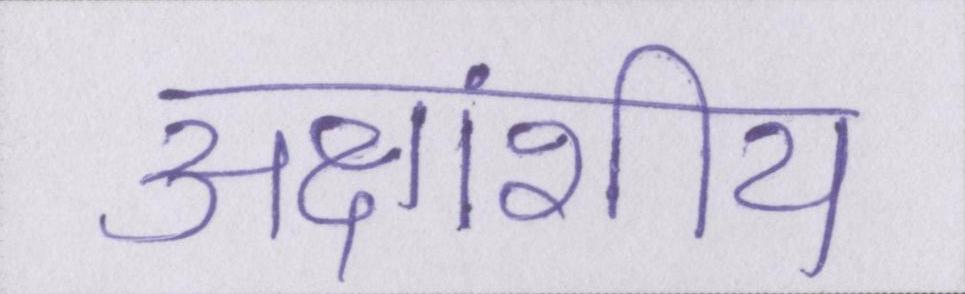
अक्षांशीय